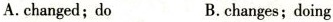
A.changed; do B.changes; doing